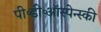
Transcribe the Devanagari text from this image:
पी॰डी॰ऑस्पेन्स्की